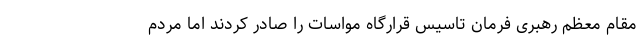
مقام معظم رهبری فرمان تاسیس قرارگاه مواسات را صادر کردند اما مردم